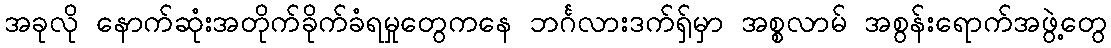
အခုလို နောက်ဆုံးအတိုက်ခိုက်ခံရမှုတွေကနေ ဘင်္ဂလားဒက်ရှ်မှာ အစ္စလာမ် အစွန်းရောက်အဖွဲ့တွေ